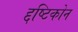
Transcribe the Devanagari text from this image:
द्दष्टिकोन